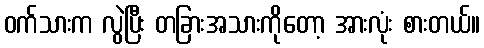
ဝက်သားက လွဲပြီး တခြားအသားကိုတော့ အားလုံး စားတယ်။